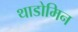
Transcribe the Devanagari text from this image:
थाडोमिन